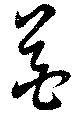
花